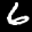
Label: 6